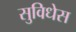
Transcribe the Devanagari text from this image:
सुविधेस